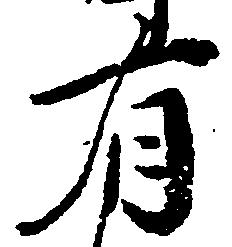
有